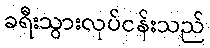
ခရီးသွားလုပ်ငန်းသည်